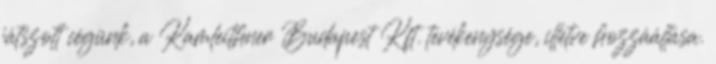
játszott cégünk, a Kamleithner Budapest Kft. tevékenysége, illetve hozzáállása.